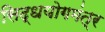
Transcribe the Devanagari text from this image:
सिद्धयोगमंत्र